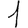
Digit: 1